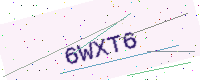
Text: 6WXT6